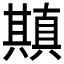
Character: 𠔶